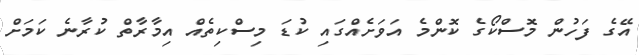
އޭގެ ފަހުން މޮސްކޯގެ ކޮންމެ އަވަށެއްގައި ކުޑަ މިސްކިތެއް އިމާރާތް ކުރާނެ ކަމަށް